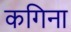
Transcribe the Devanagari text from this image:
कगिना